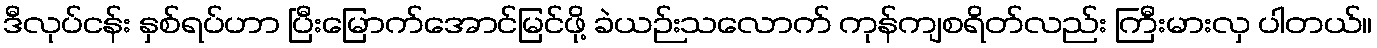
ဒီလုပ်ငန်း နှစ်ရပ်ဟာ ပြီးမြောက်အောင်မြင်ဖို့ ခဲယဉ်းသလောက် ကုန်ကျစရိတ်လည်း ကြီးမားလှ ပါတယ်။